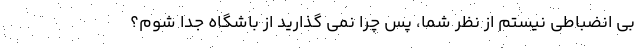
بی انضباطی نیستم از نظر شما، پس چرا نمی گذارید از باشگاه جدا شوم؟